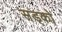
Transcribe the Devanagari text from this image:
सड्को